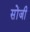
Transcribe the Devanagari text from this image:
सोंजी